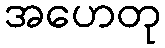
အဟေတု